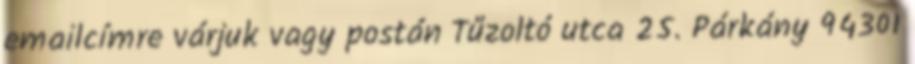
emailcímre várjuk vagy postán Tűzoltó utca 25. Párkány 94301